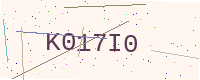
Text: K017I0